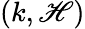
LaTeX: (k,\mathscr{H})